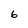
Character: 6